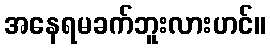
အနေရမခက်ဘူးလားဟင်။